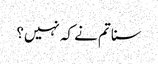
سنا تم نے کہ نہیں؟